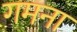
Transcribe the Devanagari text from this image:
गमना